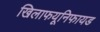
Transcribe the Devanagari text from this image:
खिलाफयूनिफायड